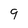
Character: 9